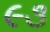
૯૩